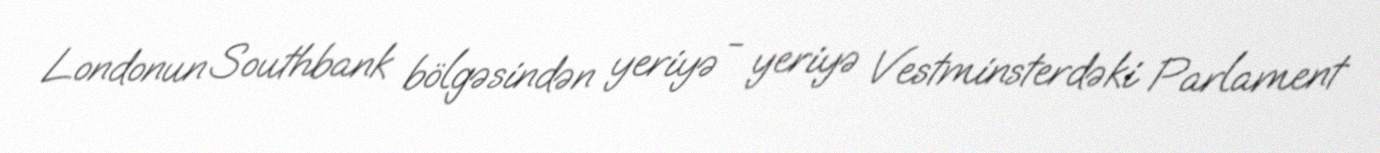
Londonun Southbank bölgəsindən yeriyə - yeriyə Vestminsterdəki Parlament